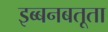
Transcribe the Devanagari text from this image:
इब्बनबतूता